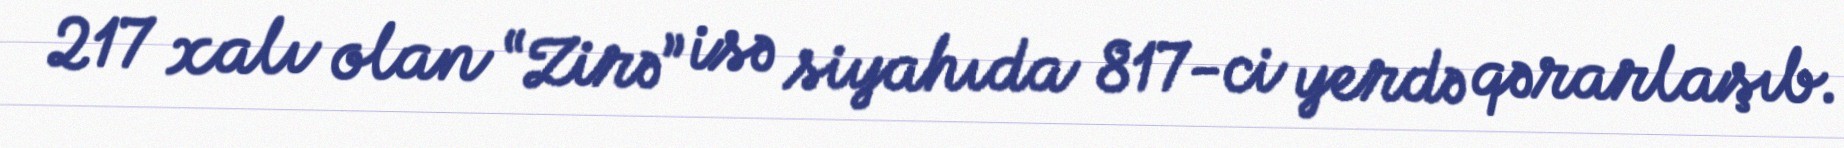
217 xalı olan “Zirə” isə siyahıda 817-ci yerdə qərarlaşıb.